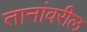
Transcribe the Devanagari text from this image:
तानांवरील